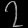
Digit: ၇